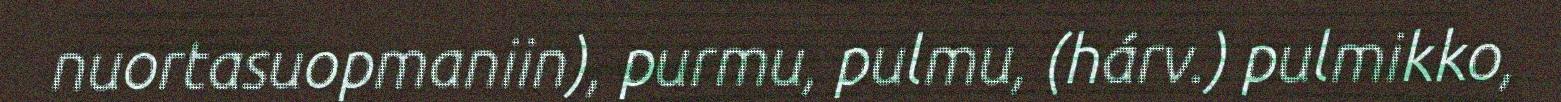
nuortasuopmaniin), purmu, pulmu, (hárv.) pulmikko,